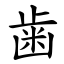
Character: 歯